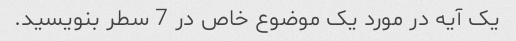
یک آیه در مورد یک موضوع خاص در 7 سطر بنویسید.